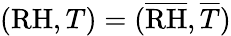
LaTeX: (\mathrm{RH},T)=(\overline{{\mathrm{RH}}},\overline{{T}})